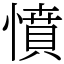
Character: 憤